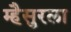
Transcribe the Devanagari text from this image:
म्हैसुरला